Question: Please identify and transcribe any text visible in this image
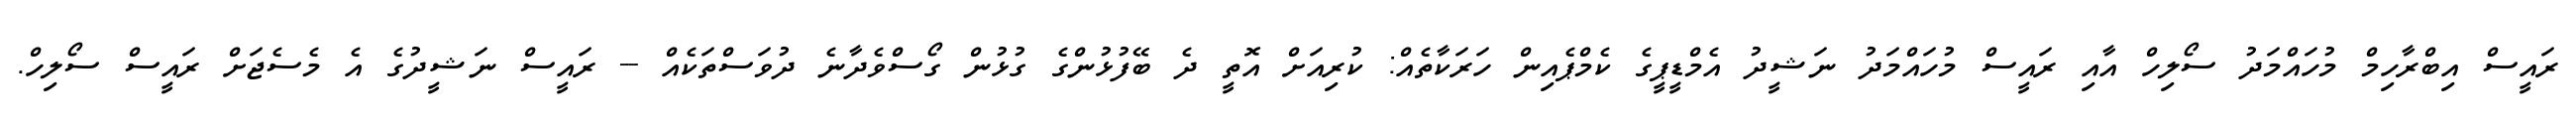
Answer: ރައީސް އިބްރާހިމް މުހައްމަދު ސޯލިހް އާއި ރައީސް މުހައްމަދު ނަޝީދު އެމްޑީޕީގެ ކެމްޕެއިން ހަރަކާތެއް: ކުރިއަށް އޮތީ ދެ ބޭފުޅުންގެ ގުޅުން ގޯސްވެދާނެ ދުވަސްތަކެއް -- ރައީސް ނަޝީދުގެ އެ މެސެޖަށް ރައީސް ސޯލިހް.